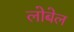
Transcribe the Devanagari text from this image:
लोबेल